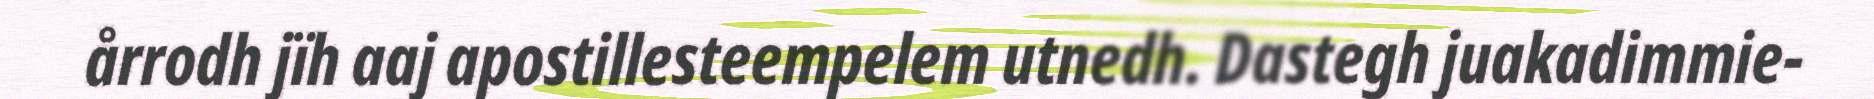
årrodh jïh aaj apostillesteempelem utnedh. Dastegh juakadimmie-